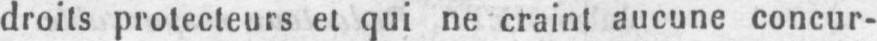
droits protecteurs et qui ne craint aucune concur-